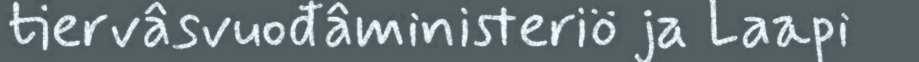
tiervâsvuođâministeriö ja Laapi